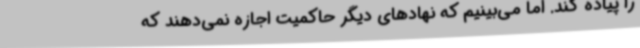
را پیاده کند. اما می‌بینیم که نهادهای دیگر حاکمیت اجازه نمی‌دهند که